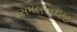
જસમલનાથજી